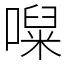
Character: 㘀